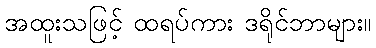
အထူးသဖြင့် ထရပ်ကား ဒရိုင်ဘာများ။